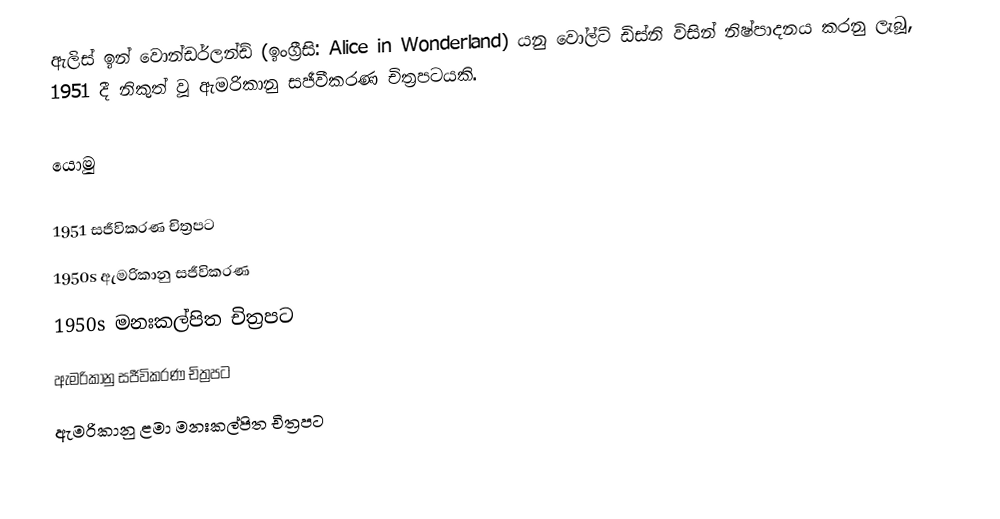
ඇලිස් ඉන් වොන්ඩර්ලන්ඩ් (ඉංග්‍රීසි: Alice in Wonderland) යනු වෝල්ට් ඩිස්නි විසින් නිෂ්පාදනය කරනු ලැබූ, 1951 දී නිකුත් වූ ඇමරිකානු සජීවීකරණ චිත්‍රපටයකි.

යොමු

1951 සජීවිකරණ චිත්‍රපට
1950s ඇමරිකානු සජීවිකරණ
1950s මනඃකල්පිත චිත්‍රපට
ඇමරිකානු සජීවිකරණ චිත්‍රපට
ඇමරිකානු ළමා මනඃකල්පිත චිත්‍රපට